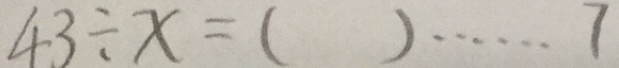
4 3 \div x = ( ) \cdots 7